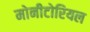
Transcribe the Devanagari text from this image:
मोनीटोरियल